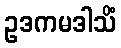
ဥဒကမဒါသိံ